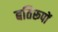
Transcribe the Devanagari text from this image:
बतिरूपों